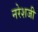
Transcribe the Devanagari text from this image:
नरेशजी